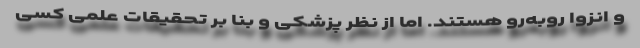
و انزوا روبه‌رو هستند. اما از نظر پزشکی و بنا بر تحقیقات علمی کسی